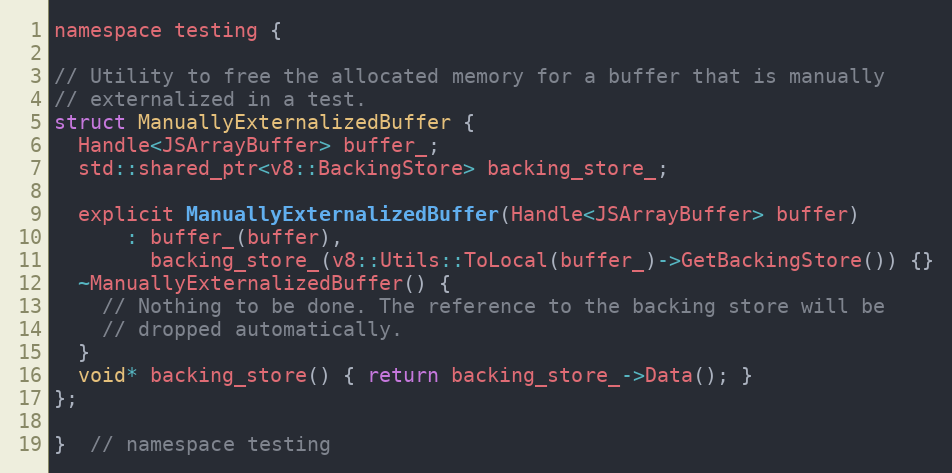
Language: C
namespace testing {

// Utility to free the allocated memory for a buffer that is manually
// externalized in a test.
struct ManuallyExternalizedBuffer {
  Handle<JSArrayBuffer> buffer_;
  std::shared_ptr<v8::BackingStore> backing_store_;

  explicit ManuallyExternalizedBuffer(Handle<JSArrayBuffer> buffer)
      : buffer_(buffer),
        backing_store_(v8::Utils::ToLocal(buffer_)->GetBackingStore()) {}
  ~ManuallyExternalizedBuffer() {
    // Nothing to be done. The reference to the backing store will be
    // dropped automatically.
  }
  void* backing_store() { return backing_store_->Data(); }
};

}  // namespace testing